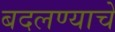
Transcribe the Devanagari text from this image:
बदलण्याचें